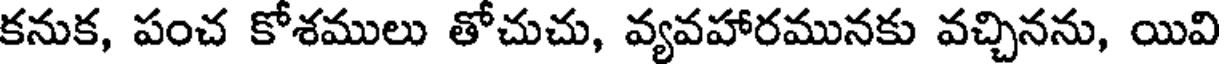
కనుక, పంచ కోశములు తోచుచు, వ్యవహారమునకు వచ్చినను, యివి